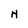
Character: H